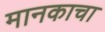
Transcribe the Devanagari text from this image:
मानकाचा